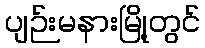
ပျဉ်းမနားမြို့တွင်